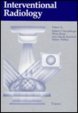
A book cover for Interventional Radiology; Medical Books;